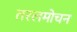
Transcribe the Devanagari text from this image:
तरलमोचन